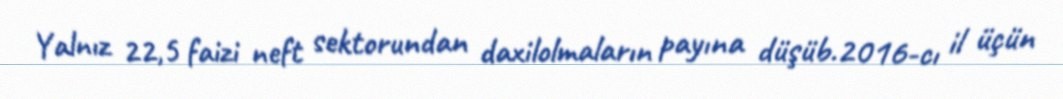
Yalnız 22,5 faizi neft sektorundan daxilolmaların payına düşüb.2016-cı il üçün